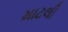
માટલી